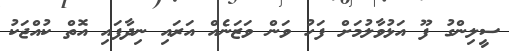
ސީލިންގު ފޫ އަޅުވާލުމަށް ފަހު ވަން ވަޒަނެއް އަރައި ނިދާފައި އޮތް ކުއްޖަކު